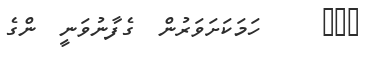
١٣٩     ހަމަކަށަވަރުން  ގެފާނުވަނީ  ންގެ